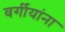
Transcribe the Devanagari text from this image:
वर्गीयांना